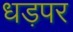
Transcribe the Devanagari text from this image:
धड़पर